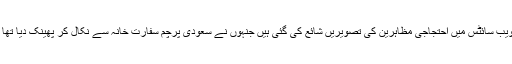
ویب سائٹس میں احتجاجی مظاہرین کی تصویریں شائع کی گئی ہیں جنہوں نے سعودی پرچم سفارت خانہ سے نکال کر پھینک دیا تھا ۔